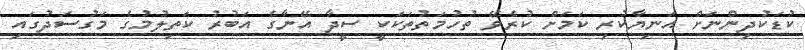
ކުޑަކުދިންނަށް އަނިޔާކުރި ކަމަށް ކުރެވޭ ތުހުމަތުތަކަކީ ސީދާ އޭނާގެ އަބުރު ކަތިލުމުގެ މަގުސަދުގައި